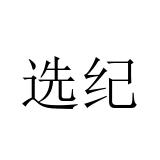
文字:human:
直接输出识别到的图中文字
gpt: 选纪